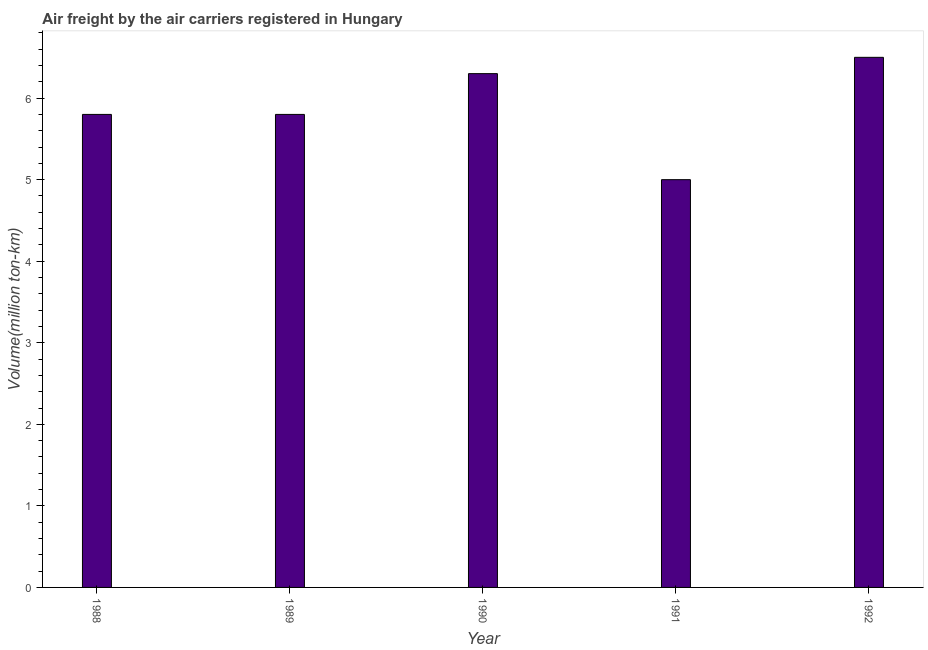
| Year | Air transport |
 | --- | --- |
 | 1988 | 5.8 |
 | 1989 | 5.8 |
 | 1990 | 6.3 |
 | 1991 | 5 |
 | 1992 | 6.5 |